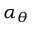
\alpha _ { \theta }